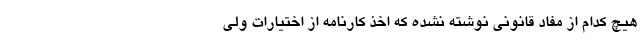
هیچ کدام از مفاد قانونی نوشته نشده که اخذ کارنامه از اختیارات ولی